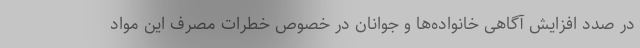
در صدد افزایش آگاهی خانواده‌ها و جوانان در خصوص خطرات مصرف این مواد